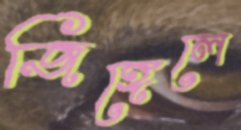
জিঙ্গেলে